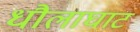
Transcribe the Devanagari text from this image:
धौलाघाट